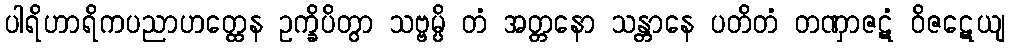
ပါရိဟာရိကပညာဟတ္ထေန ဥက္ခိပိတွာ သဗ္ဗမ္ပိ တံ အတ္တနော သန္တာနေ ပတိတံ တဏှာဇဋံ ဝိဇဋေယျ